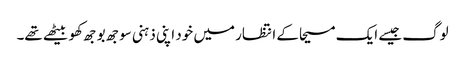
لوگ جیسے ایک مسیحا کے انتظار میں خود اپنی ذہنی سوجھ بوجھ کھو بیٹھے تھے۔